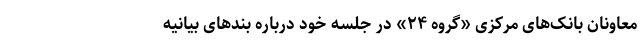
معاونان بانک‌های مرکزی «گروه ۲۴» در جلسه خود درباره بند‌های بیانیه